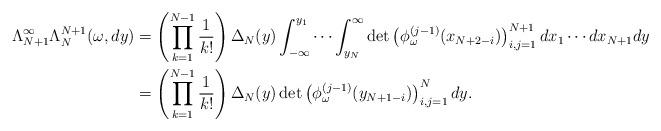
LaTeX: \begin{align*}\Lambda_{N+1}^{\infty}\Lambda_N^{N+1}(\omega,dy)&=\left(\prod_{k=1}^{N-1}\frac{1}{k!}\right)\Delta_{N}(y)\int_{-\infty}^{y_1}\cdots \int_{y_N}^{\infty}\det \left(\phi_{\omega}^{(j-1)}(x_{N+2-i})\right)^{N+1}_{i,j=1}dx_1\cdots dx_{N+1}dy\\&=\left(\prod_{k=1}^{N-1}\frac{1}{k!}\right)\Delta_{N}(y)\det \left(\phi_{\omega}^{(j-1)}(y_{N+1-i})\right)^N_{i,j=1}dy.\end{align*}